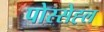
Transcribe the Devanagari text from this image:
पोस्सेह्ल